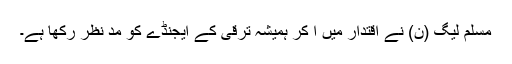
مسلم لیگ (ن) نے اقتدار میں آ کر ہمیشہ ترقی کے ایجنڈے کو مد نظر رکھا ہے۔